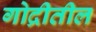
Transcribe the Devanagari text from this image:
गोद्रीतील